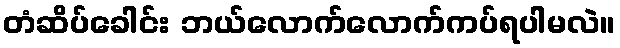
တံဆိပ်ခေါင်း ဘယ်လောက်လောက်ကပ်ရပါမလဲ။